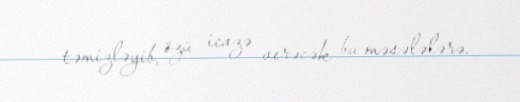
təmizləyib, özü icazə verəcək bu məsələlərə.